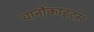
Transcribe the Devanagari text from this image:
चार्नोकाइट्स